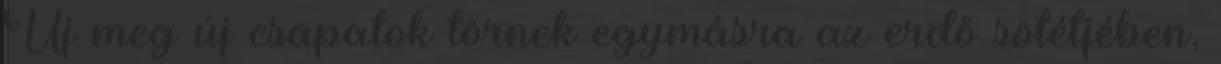
Új meg új csapatok törnek egymásra az erdő sötétjében,